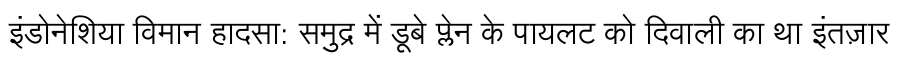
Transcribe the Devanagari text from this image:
इंडोनेशिया विमान हादसा: समुद्र में डूबे प्लेन के पायलट को दिवाली का था इंतज़ार